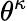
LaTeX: \theta^{\kappa}